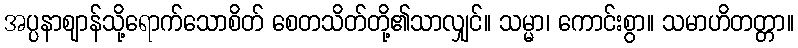
အပ္ပနာဈာန်သို့ရောက်သောစိတ် စေတသိတ်တို့၏သာလျှင်။ သမ္မာ၊ ကောင်းစွာ။ သမာဟိတတ္တာ။